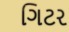
ગિટર